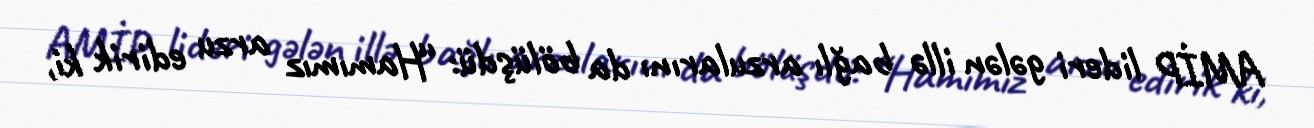
AMİP lideri gələn illə bağlı arzularını da bölüşdü: “Hamımız arzu edirik ki,